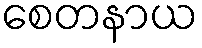
စေတနာယ